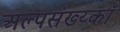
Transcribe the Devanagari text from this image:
अल्पसंख्य्कॉ